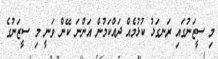
މި ސީޒަނުގައި ރަނގަޅު ކުޅުމެއް ދައްކަމުން އަންނަ ކޭން ވަނީ މި ސީޒަނުގެ